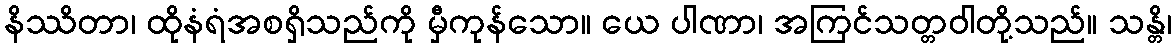
နိဿိတာ၊ ထိုနံရံအစရှိသည်ကို မှီကုန်သော။ ယေ ပါဏာ၊ အကြင်သတ္တဝါတို့သည်။ သန္တိ၊